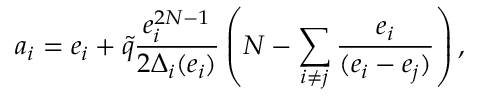
a _ { i } = e _ { i } + \tilde { q } \frac { e _ { i } ^ { 2 N - 1 } } { 2 \Delta _ { i } ( e _ { i } ) } \left( N - \sum _ { i \neq j } \frac { e _ { i } } { ( e _ { i } - e _ { j } ) } \right) ,